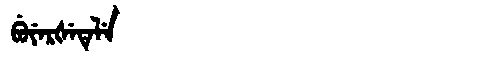
Manchu: ᠪᡠᠶᡝᡵᡧᡝᡨᡝᠯᡝ
Romanization: BUYERŠETELE